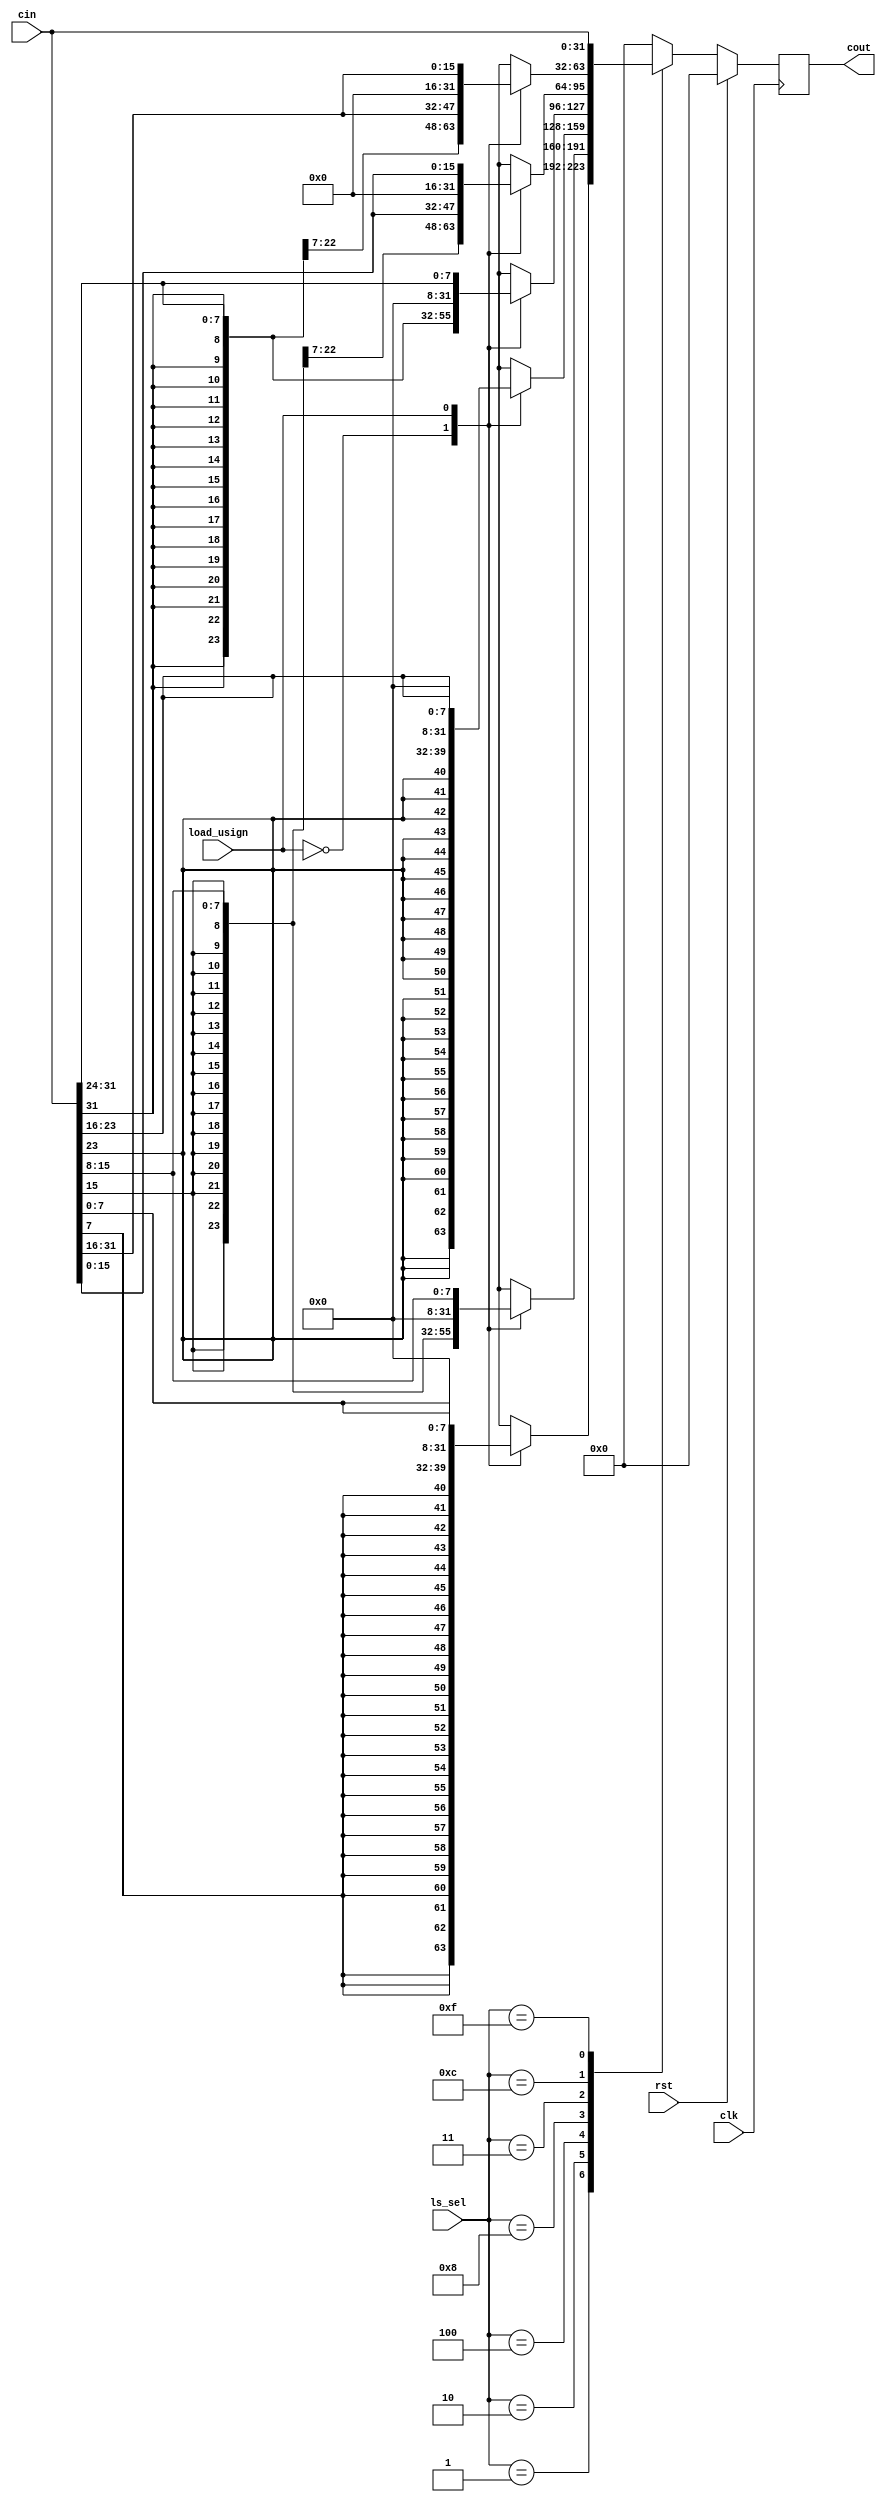
`timescale 1ns / 1ps
//////////////////////////////////////////////////////////////////////////////////
// Company: 
// Engineer: 
// 
// Design Name: 
// Module Name: flopr_readData
// Project Name: 
// Target Devices: 
// Tool Versions: 
// Description: 
// 
// Dependencies: 
// 
// Revision:
// Revision 0.01 - File Created
// Additional Comments:
// 
//////////////////////////////////////////////////////////////////////////////////
`timescale 1ns / 1ps
//////////////////////////////////////////////////////////////////////////////////
// Company: 
// Engineer: 
// 
// Design Name: 
// Module Name: flopr
// Project Name: 
// Target Devices: 
// Tool Versions: 
// Description: 
// 
// Dependencies: 
// 
// Revision:
// Revision 0.01 - File Created
// Additional Comments:
// 
//////////////////////////////////////////////////////////////////////////////////


module flopr_readData #(parameter WIDTH = 32)(
	input wire clk,rst,
	input wire[WIDTH-1:0] cin,
	input wire[3:0] ls_sel,
	input wire load_usign,
	output reg[WIDTH-1:0] cout
    );
	always @(posedge clk) begin
		if (rst) begin
			// reset
			cout <= 0;
		end
		else begin
			case(ls_sel)
			    4'b0001:
					case(load_usign)
						1'b0:
							cout <= {{24{cin[7]}},cin[7:0]};
						1'b1:
							cout <= {{24{1'b0}},cin[7:0]};
					endcase
				4'b0010:
					case(load_usign)
						1'b0:
							cout <= {{24{cin[15]}},cin[15:8]};
						1'b1:
							cout <= {{{24{1'b0}},cin[15:8]}};
					endcase
				4'b0100:
					case(load_usign)
						1'b0:
							cout <= {{24{cin[23]}},cin[23:16]};
						1'b1:
							cout <= {{24{1'b0}},cin[23:16]};
					endcase
				4'b1000:
					case(load_usign)
						1'b0:
							cout <= {{24{cin[31]}},cin[31:24]};
						1'b1:
							cout <= {{24{1'b0}},cin[31:24]};
					endcase
				4'b0011:
					case(load_usign)
						1'b0:
							cout <= {{16{cin[15]}},cin[15:0]};
						1'b1:
							cout <= {{16{1'b0}},cin[15:0]};
					endcase
				4'b1100:
					case(load_usign)
						1'b0:
							cout <= {{16{cin[31]}},cin[31:16]};
						1'b1:
							cout <= {{16{1'b0}},cin[31:16]};
					endcase
				4'b1111:
					cout <= cin;
			    default:
				    cout <= 0;
			endcase
		end
	end
endmodule